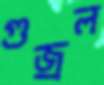
গুজ্‌রল